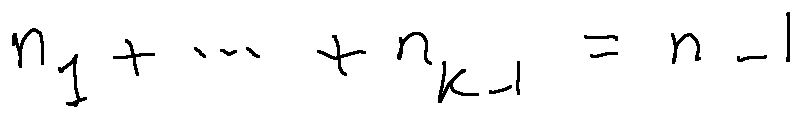
n _ { 1 } + \ldots + n _ { k - 1 } = n - 1